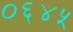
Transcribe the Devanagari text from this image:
०६४५